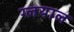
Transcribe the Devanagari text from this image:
ग्लयाल